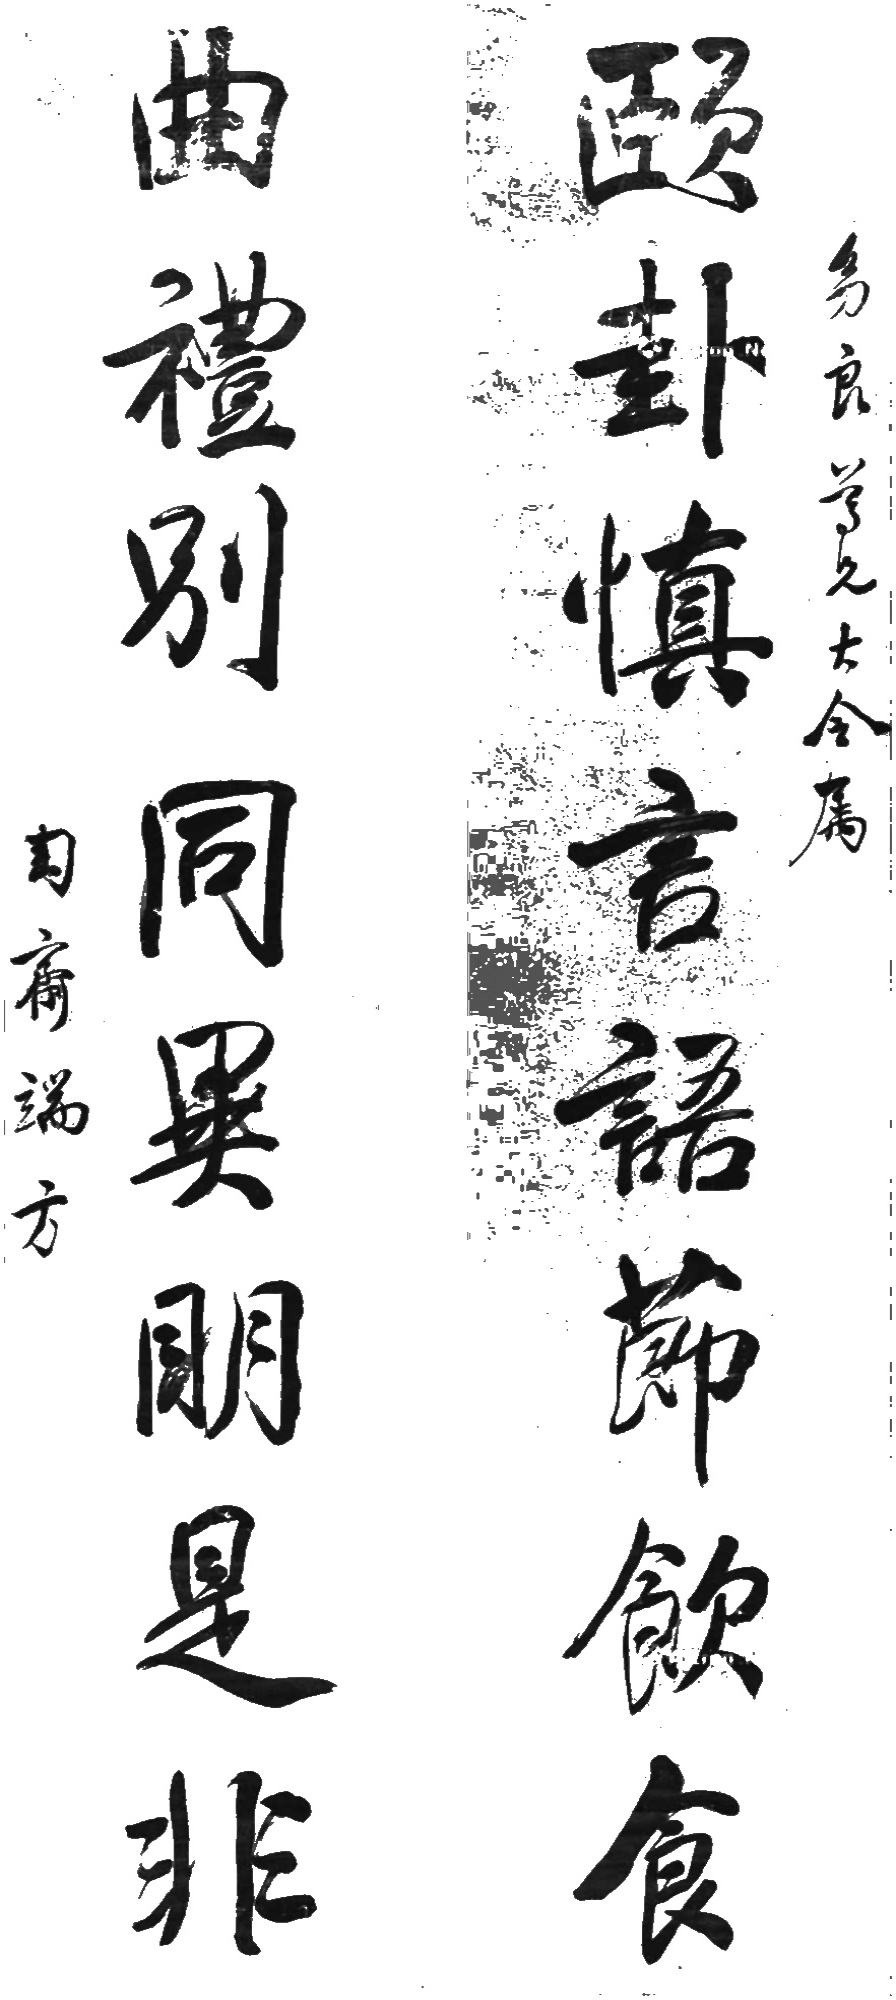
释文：颐卦慎言语节饮食，曲礼别同异明是非。幼良尊兄大令属，匋斋端方。